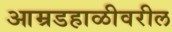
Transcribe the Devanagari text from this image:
आम्रडहाळीवरील